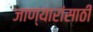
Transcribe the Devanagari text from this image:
जाण्यारांसाठी